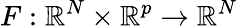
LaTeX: F:\mathbb{R}^{N}\times\mathbb{R}^{p}\to\mathbb{R}^{N}